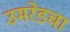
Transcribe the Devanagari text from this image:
उमरेडचा